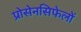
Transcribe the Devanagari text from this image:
प्रोसेनसिफेलों